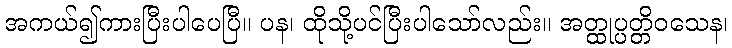
အကယ်၍ကားပြီးပါပေပြီ။ ပန၊ ထိုသို့ပင်ပြီးပါသော်လည်း။ အတ္ထုပ္ပတ္တိဝသေန၊